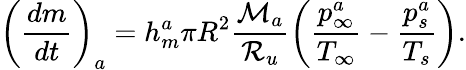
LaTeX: \left(\frac{dm}{dt}\right)_{a}=h_{m}^{a}\pi R^{2}\frac{\mathcal{M}_{a}}{{\cal R}_{u}}\left(\frac{p_{\infty}^{a}}{T_{\infty}}-\frac{p_{s}^{a}}{T_{s}}\right).